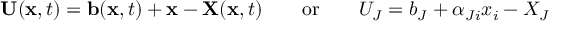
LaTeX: \ \mathbf { U } ( \mathbf { x } , t ) = \mathbf { b } ( \mathbf { x } , t ) + \mathbf { x } - \mathbf { X } ( \mathbf { x } , t ) \qquad { \mathrm { o r } } \qquad U _ { J } = b _ { J } + \alpha _ { J i } x _ { i } - X _ { J }